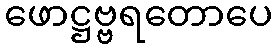
ဖောဋ္ဌဗ္ဗရတောပေ